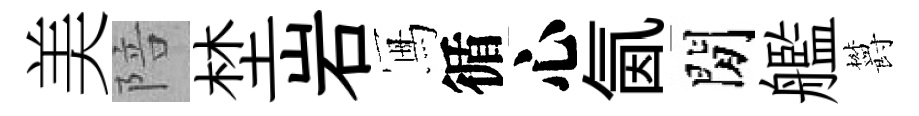
美陪埜岩冩循心氤閒艦欝